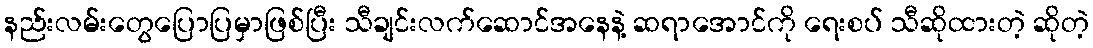
နည်းလမ်းတွေပြောပြမှာဖြစ်ပြီး သီချင်းလက်ဆောင်အနေနဲ့ ဆရာအောင်ကို ရေးစပ် သီဆိုထားတဲ့ ဆိုတဲ့